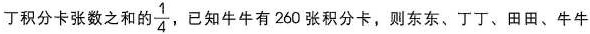
丁积分卡张数之和的\frac{1}{4}，已知牛牛有260张积分卡，则东东、丁丁、田田、牛牛